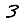
Digit: 3